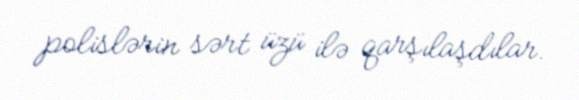
polislərin sərt üzü ilə qarşılaşdılar.